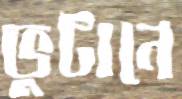
ভুটানে